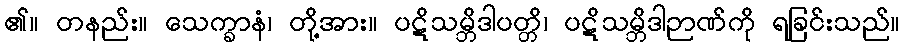
၏။ တနည်း။ သေက္ခာနံ၊ တို့အား။ ပဋိသမ္ဘိဒါပတ္တိ၊ ပဋိသမ္ဘိဒါဉာဏ်ကို ရခြင်းသည်။